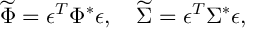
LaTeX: \widetilde { \Phi } = \epsilon ^ { T } \Phi ^ { * } \epsilon , \quad \widetilde { \Sigma } = \epsilon ^ { T } \Sigma ^ { * } \epsilon ,